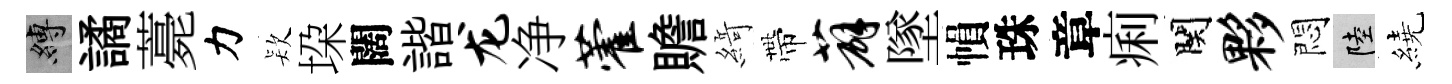
縛譎薧力𣣇垜闊諧龙净藿贍𦂶帶薜墜𢄙珠章痢関夥悶陸繞